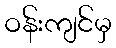
ဝန်းကျင်မှ